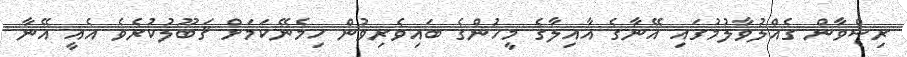
ރިޟްވާން ގެއްލުވާލުމުގައި އޭނާގެ އާއިލާގެ މީހުންގެ ބައިވެރިވުން ހިމެނޭކަމަށް ޤަބޫލުކުރެވެ އެއީ އޭނާ